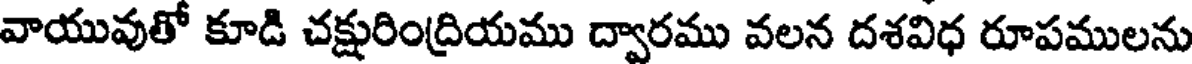
వాయువుతో కూడి చక్షురింద్రియము ద్వారము వలన దశవిధ రూపములను